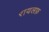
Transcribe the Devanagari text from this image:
रायलफ़